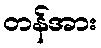
တန်အား